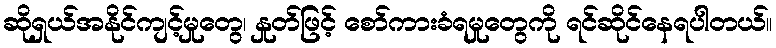
ဆိုရှယ်အနိုင်ကျင့်မှုတွေ၊ နှုတ်ဖြင့် စော်ကားခံရမှုတွေကို ရင်ဆိုင်နေရပါတယ်။